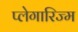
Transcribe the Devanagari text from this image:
प्लेगारिज्म